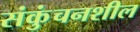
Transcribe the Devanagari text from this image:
संकुंचनशील